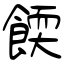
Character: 餪